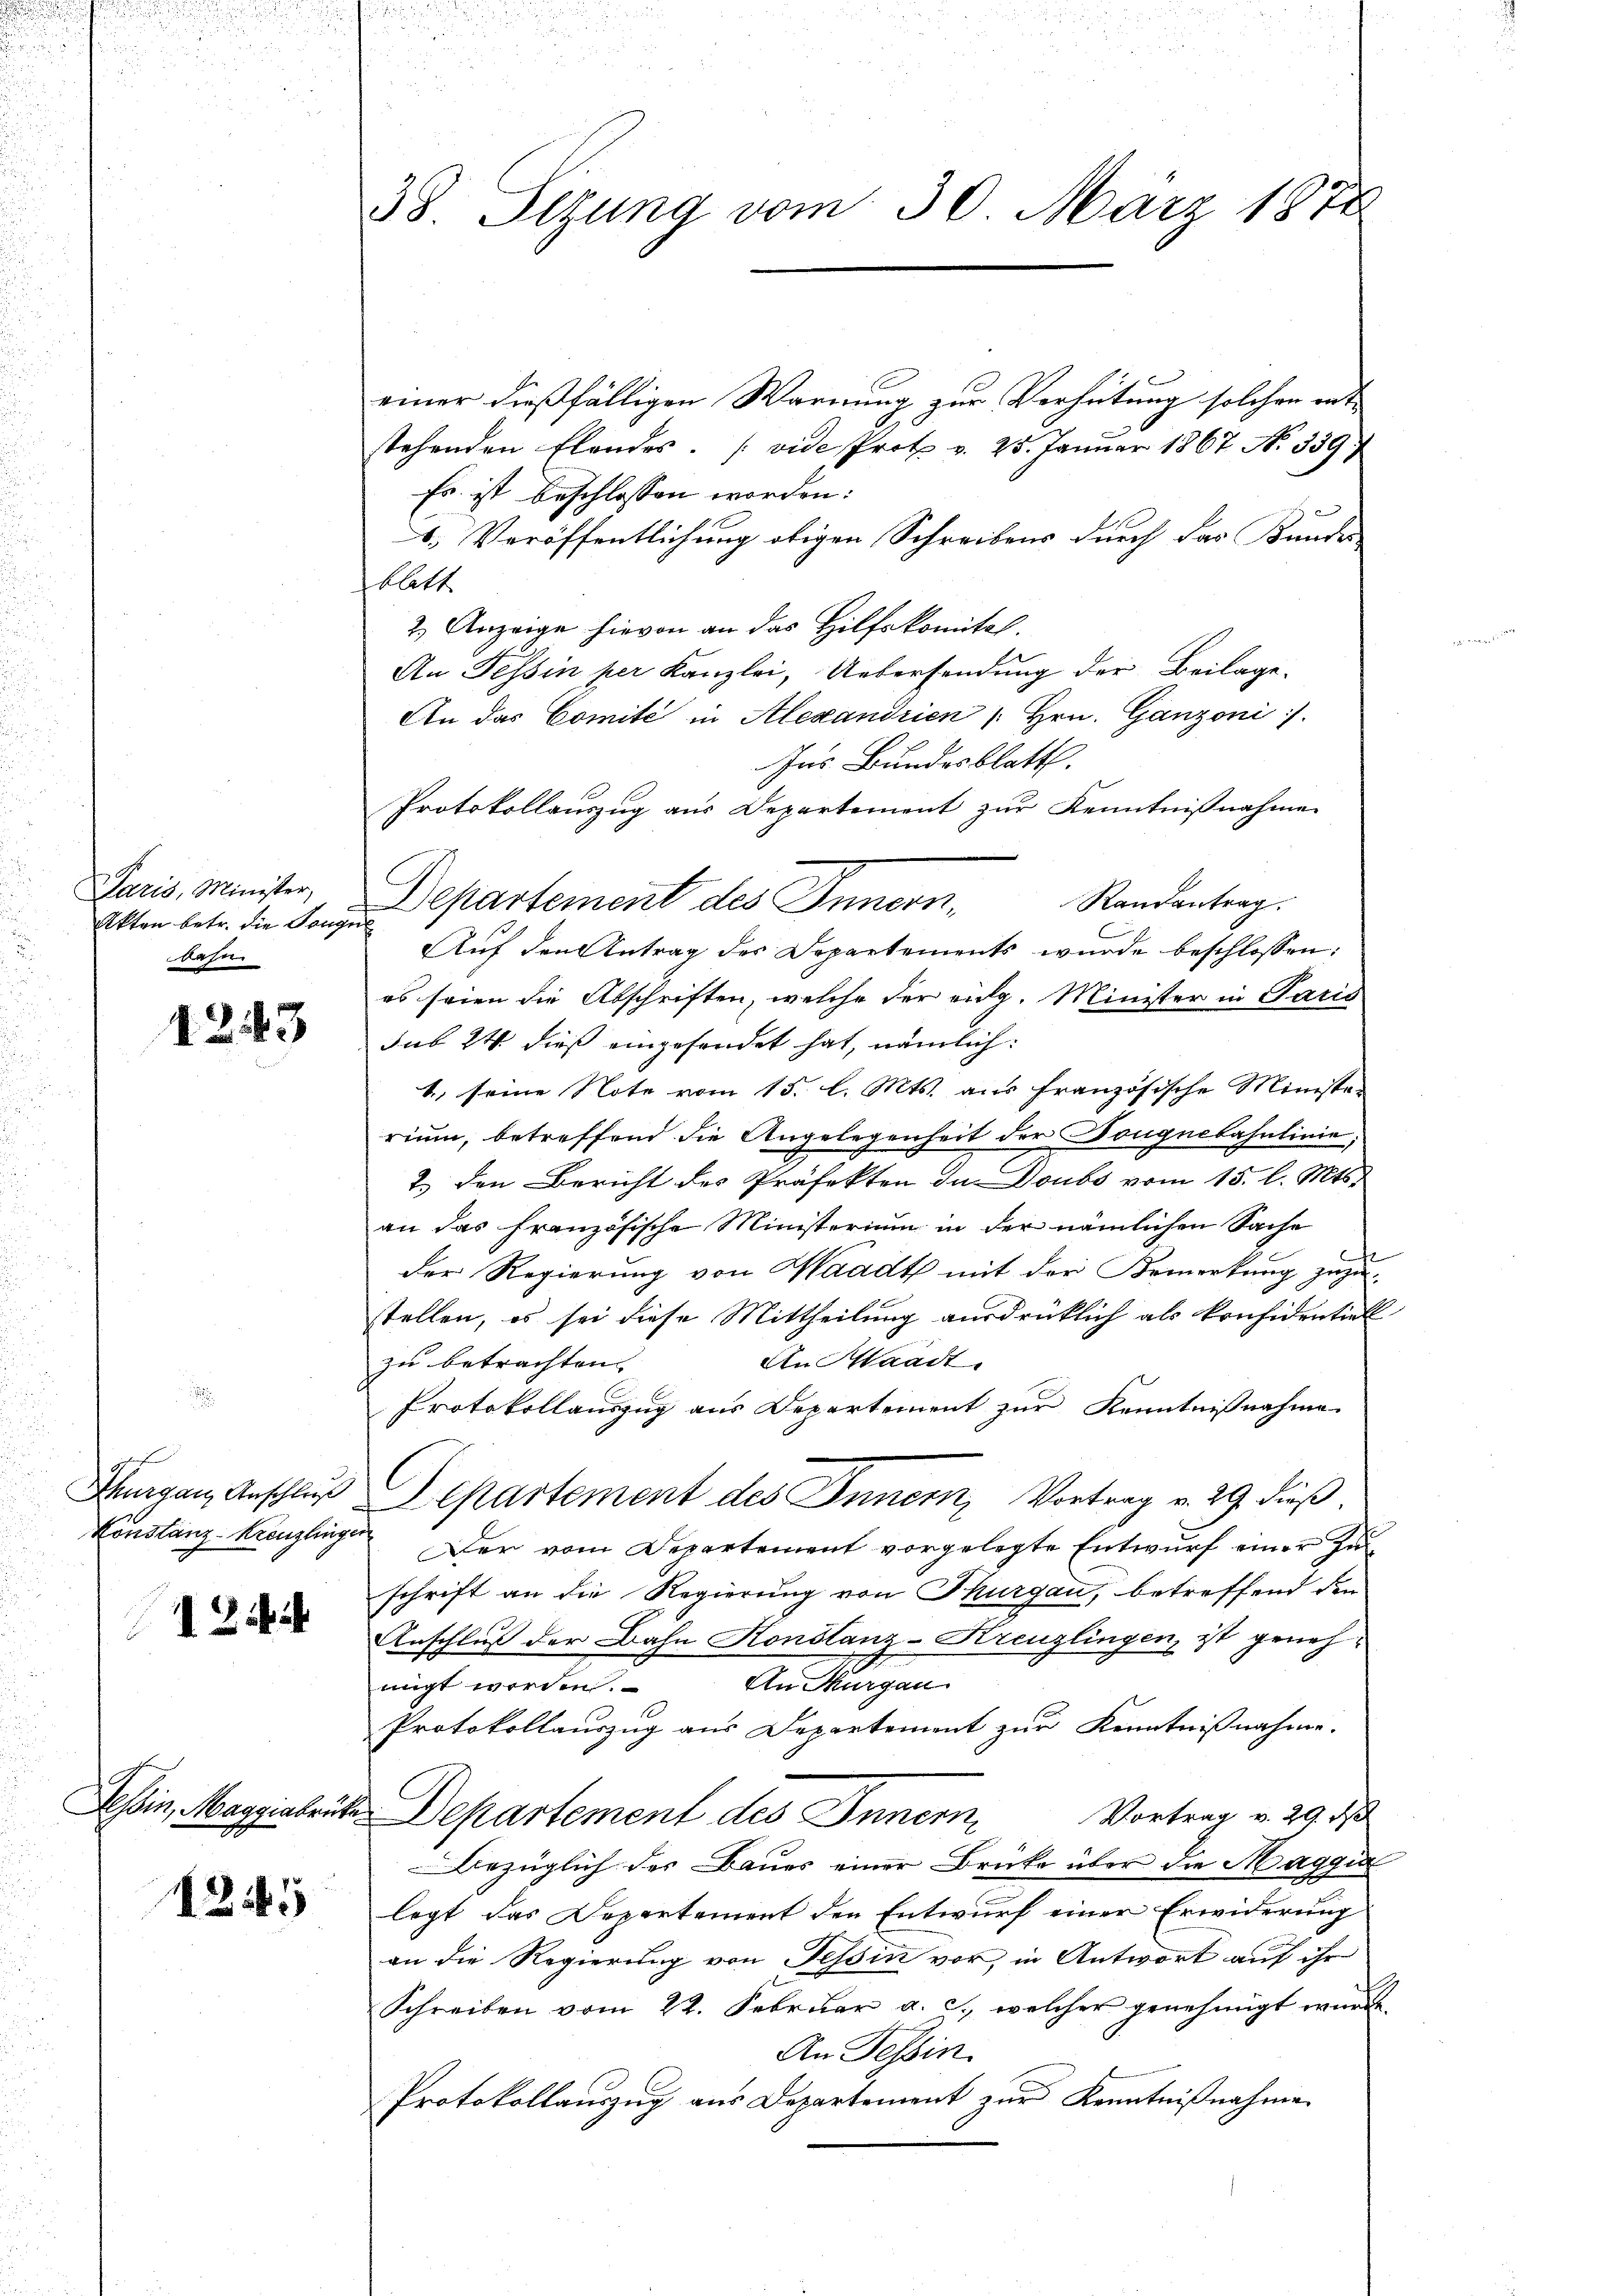
Paris, Minister,
Akten betr. die Tonges
bahn

1243

E
Thurgau, Anschluß

1 Zif.

Tessin, Maggiabrüte

45

38. Sizung vom 30. März 1878

einer dießfälligen Warnung zur Verhütung solchen ent
stehenden Elendes. (vide Prot v. 25. Januar 1867 N. 339 f
Es ist beschlossen worden:
b. Veröffentlichung obigen Schreibens durch der Bundes-
blatt
2.) Anzeige hievon an das Hilfskomital.
An Tessin per Kanzlei, Uebersendung der Beilage.
An das Comité in Alexandrien / Hrn. Ganzoni /.
Ins Bundesblatt.
Protokollauszug aus Departement zur Kenntnißnahme
Randantrag.
Auf den Antrag des Departements wurde beschlossen:
es seien die Abschriften, welche der eidg. Minister in Paris
sub 24 dieß eingefendet hat, nämlich:
4. seine Note vom 15. l. Mts. aus französische Minister
rium, betreffend die Angelegenheit der Tongnebahnlinie,
2. den Bericht des Präfekten du Doubs vom 15. l. Mts.
an das französische Ministerium in der nämlichen Sache
¬
der Regierung von Waadt mit der Bemerkung zuzu-
stellen, es sei diese Mittheilung ausdrücklich als Präsidentiell
An Waadt,
zu betrachten. |
Protokollauszug aus Departement zur Kenntnißnahme
C
Departement des Innern, Vortrag v. 29. dieß
Konstanz Kranzlingen der vom Departement vorgelegte Entwurf einer Zu
schrift an die Regierung von Thurgau, betreffend den
Anschluß der Bahn Konstanz-Kreuzlingen, ist genehmigt werden. An Thurgau
Protokollauszug aus Departement zur Kenntnißnahme.
Vortrag v. 29. d
Departement des Innern,
Bezüglich des Baues einer Brücke über die Maggi
legt, das Departement den Entwurf einer Erwiderung
an die Regierung von Tessin vor, in Antwort auf ihr
Schreiben vom 22. Februar a. c., welcher genehmigt wurde
An Tessin
Protokollauszug aus Departement zur Kenntnißnahme

Departement des Innern,